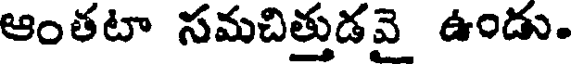
ఆంతటా సమచిత్తుడవై ఉండు.